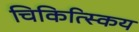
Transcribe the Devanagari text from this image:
चिकित्स्किय